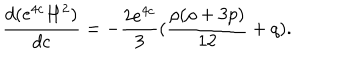
\frac { d ( e ^ { 4 c } H ^ { 2 } ) } { d c } = - \frac { 2 e ^ { 4 c } } { 3 } ( \frac { \rho ( \rho + 3 p ) } { 1 2 } + q ) .